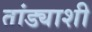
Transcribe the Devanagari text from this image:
तांड्याशी